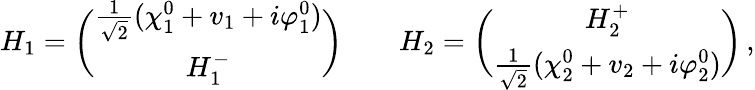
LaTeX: H_{1}={\binom{\textstyle{\frac{1}{\sqrt{2}}}(\chi_{1}^{0}+v_{1}+i\varphi_{1}^{0})}{H_{1}^{-}}}\qquad H_{2}={\binom{H_{2}^{+}}{\textstyle{\frac{1}{\sqrt{2}}}(\chi_{2}^{0}+v_{2}+i\varphi_{2}^{0})}}\, ,